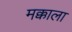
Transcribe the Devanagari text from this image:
मक्काला